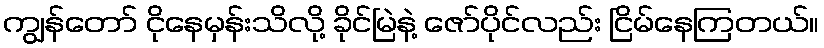
ကျွန်တော် ငိုနေမှန်းသိလို့ ခိုင်မြဲနဲ့ ဇော်ပိုင်လည်း ငြိမ်နေကြတယ်။